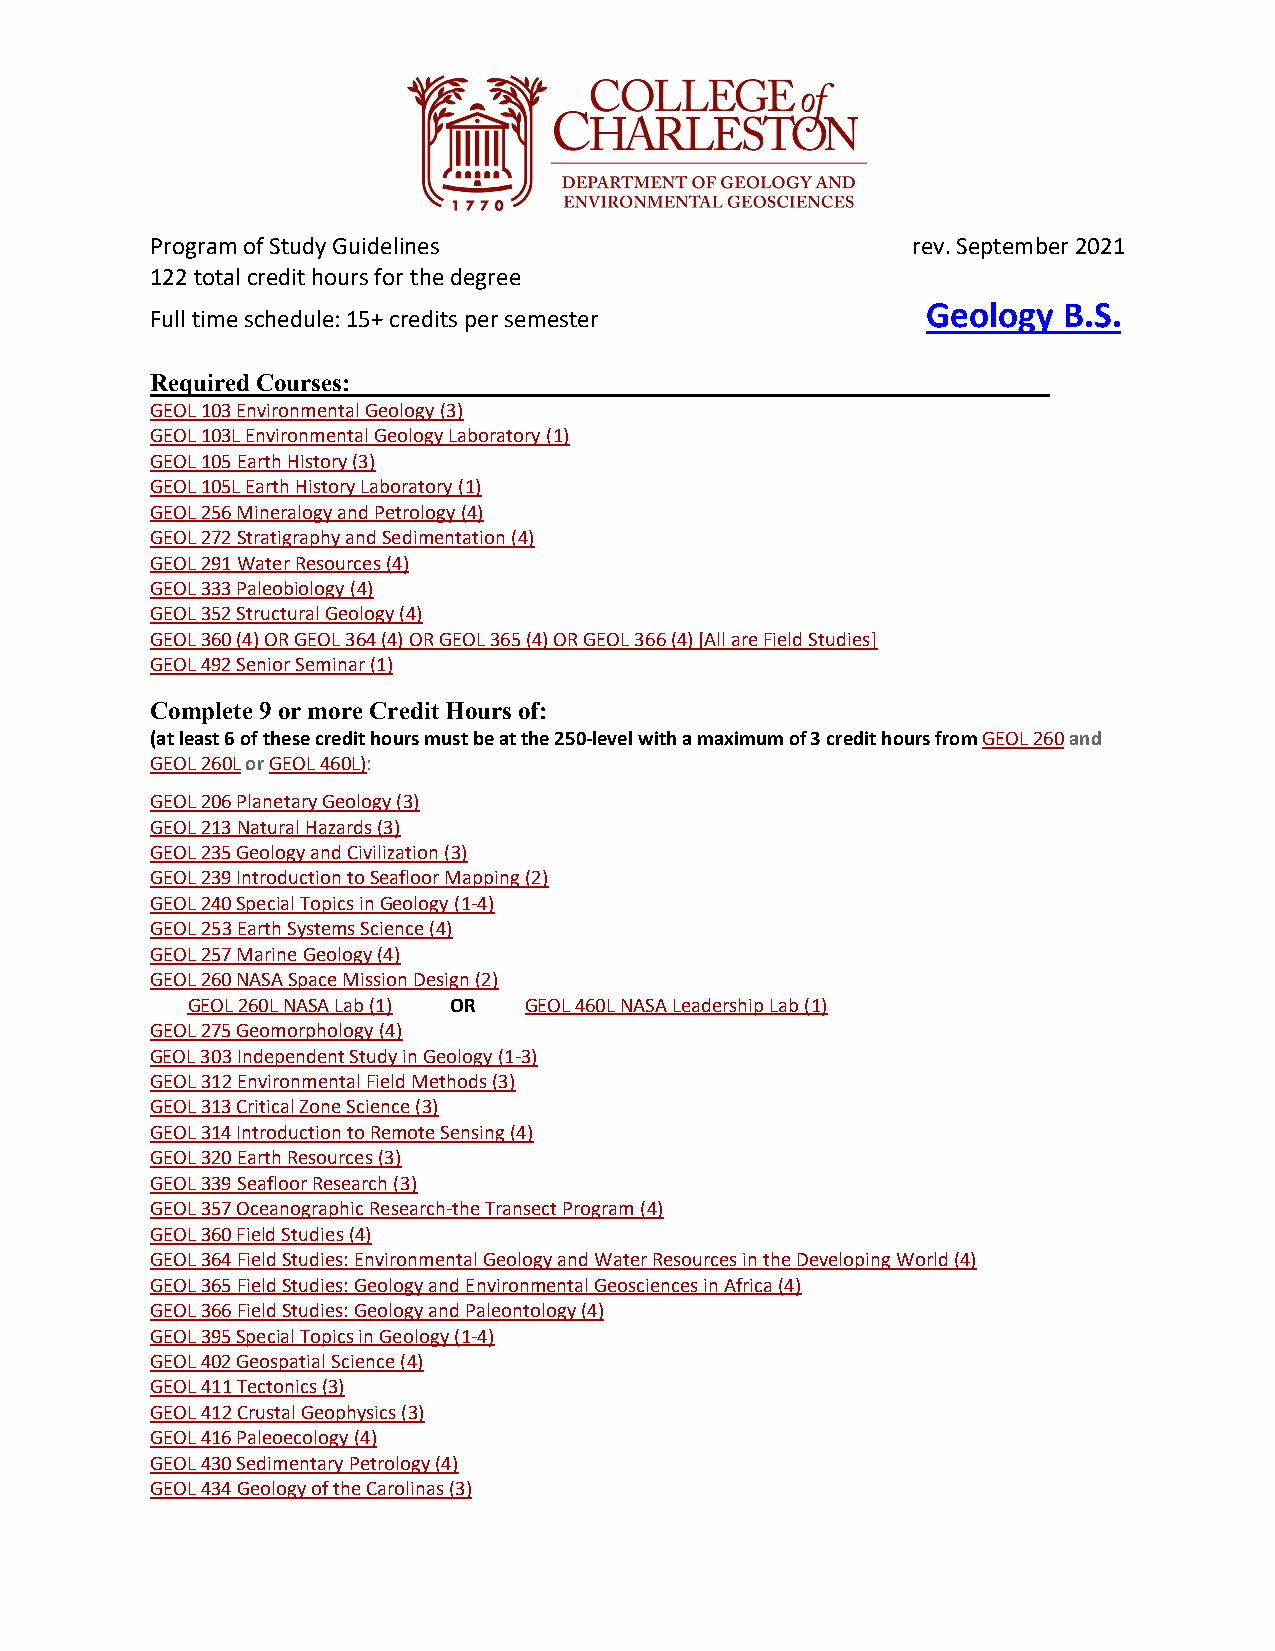
Program of Study Guidelines                       rev. September 2021
 122 total credit hours for the degree
 Geology  B.S.
 Full time schedule: 15+ credits per semester
 Required Courses:
 GEOL 103 Environmental Geology (3)
 GEOL 103L Environmental Geology Laboratory (1)
 GEOL 105 Earth History (3)
 GEOL 105L Earth History Laboratory (1)
 GEOL 256 Mineralogy and Petrology (4)
 GEOL 272 Stratigraphy and Sedimentation (4)
 GEOL 291 Water Resources (4)
 GEOL 333 Paleobiology (4)
 GEOL 352 Structural Geology (4)
 GEOL 360 (4) OR GEOL 364 (4) OR GEOL 365 (4) OR GEOL 366 (4) [All are Field Studies]
 GEOL 492 Senior Seminar (1)
 Complete 9 or more Credit Hours of:
 (at least 6 of these credit hours must be at the 250-level with a maximum of 3 credit hours from GEOL 260 and
 GEOL 260L or GEOL 460L):
 GEOL 206 Planetary Geology (3)
 GEOL 213 Natural Hazards (3)
 GEOL 235 Geology and Civilization (3)
 GEOL 239 Introduction to Seafloor Mapping (2)
 GEOL 240 Special Topics in Geology (1-4)
 GEOL 253 Earth Systems Science (4)
 GEOL 257 Marine Geology (4)
 GEOL 260 NASA Space Mission Design (2)
 GEOL 260L NASA Lab (1) OR GEOL 460L NASA Leadership Lab (1)
 GEOL 275 Geomorphology (4)
 GEOL 303 Independent Study in Geology (1-3)
 GEOL 312 Environmental Field Methods (3)
 GEOL 313 Critical Zone Science (3)
 GEOL 314 Introduction to Remote Sensing (4)
 GEOL 320 Earth Resources (3)
 GEOL 339 Seafloor Research (3)
 GEOL 357 Oceanographic Research-the Transect Program (4)
 GEOL 360 Field Studies (4)
 GEOL 364 Field Studies: Environmental Geology and Water Resources in the Developing World (4)
 GEOL 365 Field Studies: Geology and Environmental Geosciences in Africa (4)
 GEOL 366 Field Studies: Geology and Paleontology (4)
 GEOL 395 Special Topics in Geology (1-4)
 GEOL 402 Geospatial Science (4)
 GEOL 411 Tectonics (3)
 GEOL 412 Crustal Geophysics (3)
 GEOL 416 Paleoecology (4)
 GEOL 430 Sedimentary Petrology (4)
 GEOL 434 Geology of the Carolinas (3)